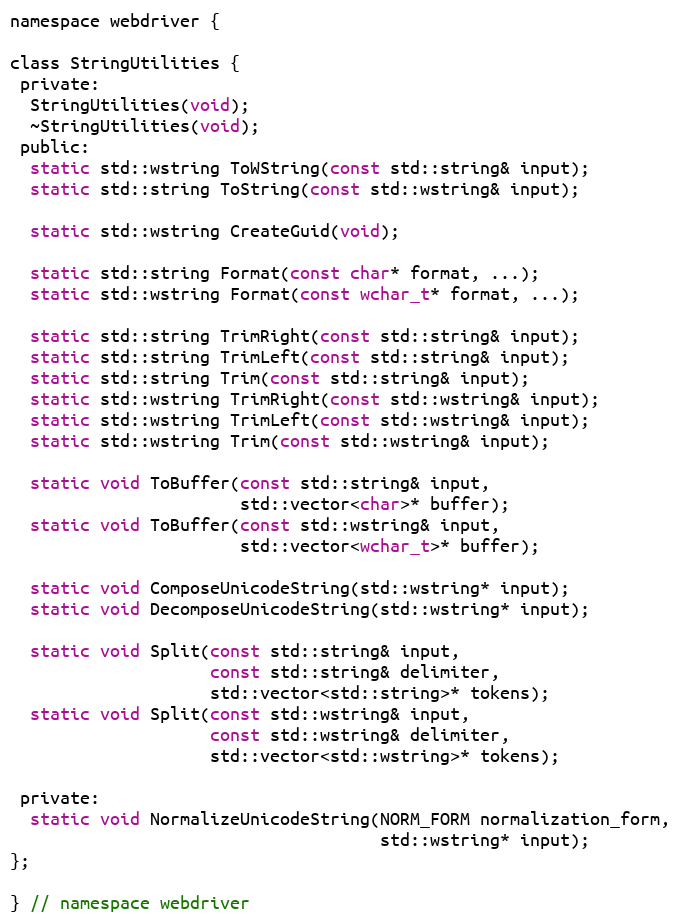
Language: C
namespace webdriver {

class StringUtilities {
 private:
  StringUtilities(void);
  ~StringUtilities(void);
 public:
  static std::wstring ToWString(const std::string& input);
  static std::string ToString(const std::wstring& input);

  static std::wstring CreateGuid(void);

  static std::string Format(const char* format, ...);
  static std::wstring Format(const wchar_t* format, ...);

  static std::string TrimRight(const std::string& input);
  static std::string TrimLeft(const std::string& input);
  static std::string Trim(const std::string& input);
  static std::wstring TrimRight(const std::wstring& input);
  static std::wstring TrimLeft(const std::wstring& input);
  static std::wstring Trim(const std::wstring& input);

  static void ToBuffer(const std::string& input,
                       std::vector<char>* buffer);
  static void ToBuffer(const std::wstring& input,
                       std::vector<wchar_t>* buffer);

  static void ComposeUnicodeString(std::wstring* input);
  static void DecomposeUnicodeString(std::wstring* input);

  static void Split(const std::string& input,
                    const std::string& delimiter,
                    std::vector<std::string>* tokens);
  static void Split(const std::wstring& input,
                    const std::wstring& delimiter,
                    std::vector<std::wstring>* tokens);

 private:
  static void NormalizeUnicodeString(NORM_FORM normalization_form,
                                     std::wstring* input);
};

} // namespace webdriver